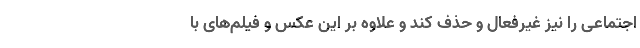
اجتماعی را نیز غیرفعال و حذف کند و علاوه بر این عکس و فیلم‌های با